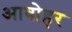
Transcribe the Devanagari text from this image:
आबोहर